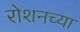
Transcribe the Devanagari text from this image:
रोशनच्या